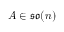
A \in \mathfrak { s o } ( n )